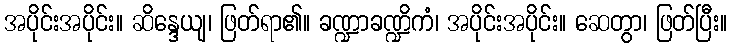
အပိုင်းအပိုင်း။ ဆိန္ဒေယျ၊ ဖြတ်ရာ၏။ ခဏ္ဍာခဏ္ဍိကံ၊ အပိုင်းအပိုင်း။ ဆေတွာ၊ ဖြတ်ပြီး။